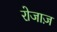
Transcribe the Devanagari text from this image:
रोजाज़